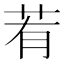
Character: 䒴